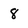
Character: 8